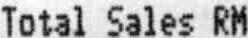
TOTAL SALES RM